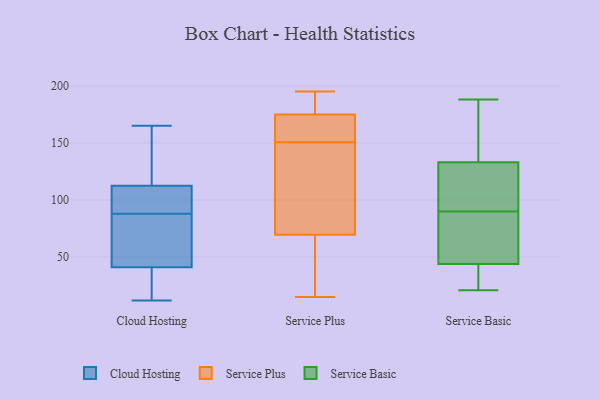
{"axis": {"x": "Net Income (USD K)", "y": "Value"}, "legend": ["Cloud Hosting", "Service Basic", "Service Plus"], "data": [{"x": "", "y": 110, "type": "Cloud Hosting"}, {"x": "", "y": 50, "type": "Cloud Hosting"}, {"x": "", "y": 27, "type": "Cloud Hosting"}, {"x": "", "y": 32, "type": "Cloud Hosting"}, {"x": "", "y": 91, "type": "Cloud Hosting"}, {"x": "", "y": 46, "type": "Cloud Hosting"}, {"x": "", "y": 120, "type": "Cloud Hosting"}, {"x": "", "y": 46, "type": "Cloud Hosting"}, {"x": "", "y": 130, "type": "Cloud Hosting"}, {"x": "", "y": 12, "type": "Cloud Hosting"}, {"x": "", "y": 165, "type": "Cloud Hosting"}, {"x": "", "y": 22, "type": "Cloud Hosting"}, {"x": "", "y": 107, "type": "Cloud Hosting"}, {"x": "", "y": 131, "type": "Cloud Hosting"}, {"x": "", "y": 101, "type": "Cloud Hosting"}, {"x": "", "y": 88, "type": "Cloud Hosting"}, {"x": "", "y": 44, "type": "Cloud Hosting"}, {"x": "", "y": 163, "type": "Service Plus"}, {"x": "", "y": 15, "type": "Service Plus"}, {"x": "", "y": 84, "type": "Service Plus"}, {"x": "", "y": 33, "type": "Service Plus"}, {"x": "", "y": 151, "type": "Service Plus"}, {"x": "", "y": 191, "type": "Service Plus"}, {"x": "", "y": 195, "type": "Service Plus"}, {"x": "", "y": 95, "type": "Service Plus"}, {"x": "", "y": 161, "type": "Service Plus"}, {"x": "", "y": 55, "type": "Service Plus"}, {"x": "", "y": 150, "type": "Service Plus"}, {"x": "", "y": 187, "type": "Service Plus"}, {"x": "", "y": 21, "type": "Service Basic"}, {"x": "", "y": 188, "type": "Service Basic"}, {"x": "", "y": 105, "type": "Service Basic"}, {"x": "", "y": 32, "type": "Service Basic"}, {"x": "", "y": 75, "type": "Service Basic"}, {"x": "", "y": 132, "type": "Service Basic"}, {"x": "", "y": 28, "type": "Service Basic"}, {"x": "", "y": 134, "type": "Service Basic"}, {"x": "", "y": 138, "type": "Service Basic"}, {"x": "", "y": 122, "type": "Service Basic"}, {"x": "", "y": 58, "type": "Service Basic"}, {"x": "", "y": 56, "type": "Service Basic"}]}